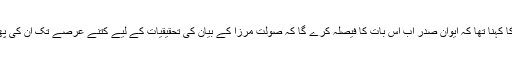
ایک سوال کے جواب میں چوہدری نثار کا کہنا تھا کہ ایوان صدر اب اس بات کا فیصلہ کرے گا کہ صولت مرزا کے بیان کی تحقیقیات کے لیے کتنے عرصے تک اُن کی پھانسی پر عمل درآمد کو موخر کیا جائے۔